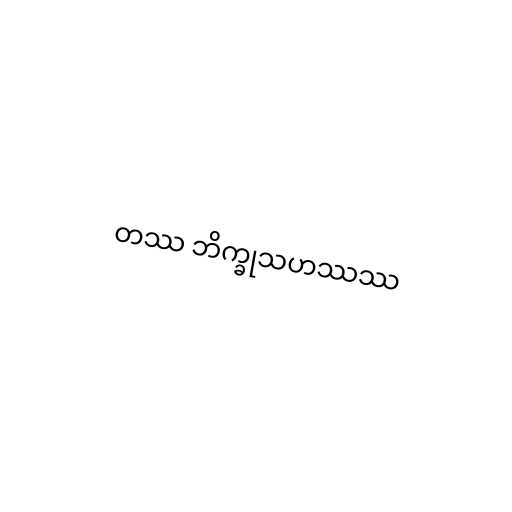
တဿ ဘိက္ခုသဟဿဿ